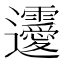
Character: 𨙤